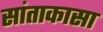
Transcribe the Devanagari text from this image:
सांताकासा